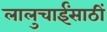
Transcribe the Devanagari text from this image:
लालुचाईंसाठीं